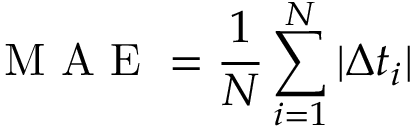
\textup { M A E } = \frac { 1 } { N } \sum _ { i = 1 } ^ { N } | \Delta t _ { i } |